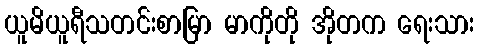
ယူမိယူရီသတင်းစာမြာ မာကိုတို အိုတက ရေးသား